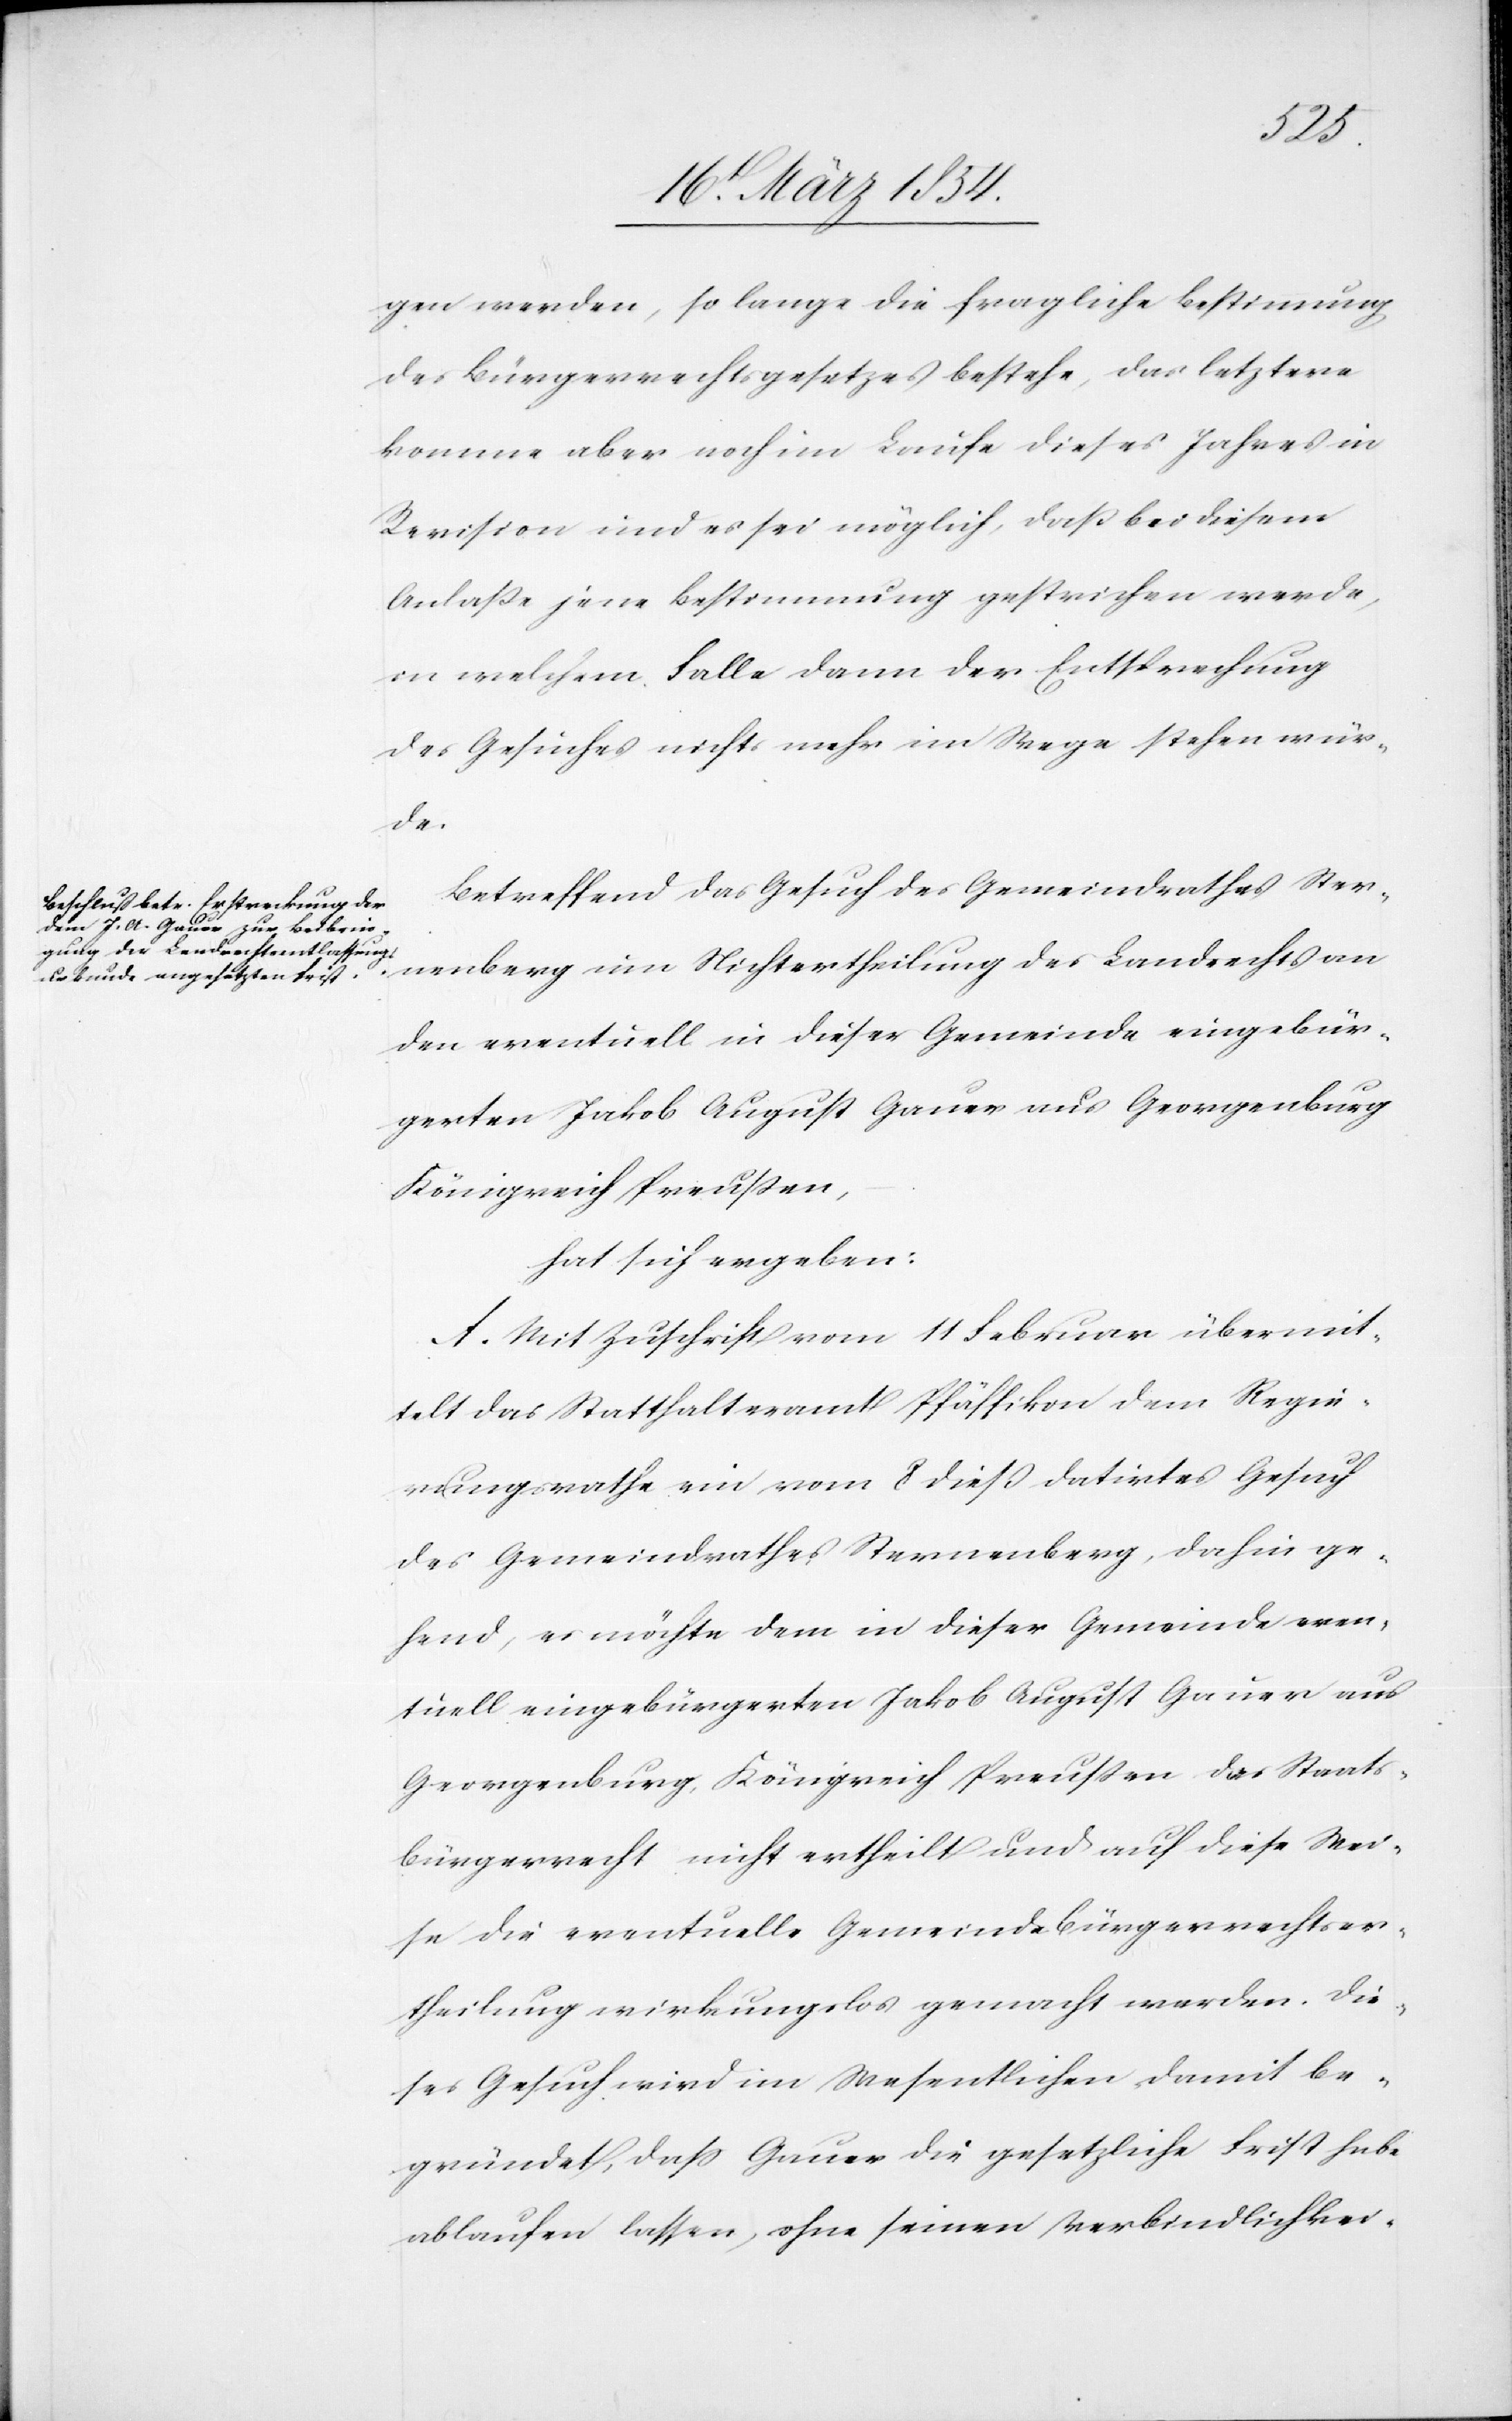
gen werden, so lange die fragliche Bestimmung
des Bürgerrechtsgesetzes bestehe, das letztere
komme aber noch im Laufe dieses Jahres in
Revision und es sei möglich, daß bei diesem
Anlaße jene Bestimmung gestrichen werde,
in welchem Falle dann der Entsprechung
des Gesuches nichts mehr im Wege stehen wür¬
de.
Betreffend das Gesuch des Gemeindrathes Ster¬
nenberg um Nichtertheilung des Landrechts an
den eventuell in dieser Gemeinde eingebür¬
gerten Jakob August Gauer aus Georgenburg
Königreich Preußen,
hat sich ergeben:
A. Mit Zuschrift vom 11 Februar übermit¬
telt das Statthalteramt Pfäffikon dem Regie¬
rungsrathe ein vom 8 dieß datirtes Gesuch
des Gemeindrathes Sternenberg, dahin ge¬
hend, es möchte dem in dieser Gemeinde even¬
tuell eingebürgerten Jakob August Gauer aus
Georgenburg, Königreich Preußen das Staats¬
bürgerrecht nicht ertheilt und auf diese Wei¬
se die eventuelle Gemeindsbürgerrechtser¬
theilung wirkungslos gemacht werden. Die¬
ses Gesuch wird im Wesentlichen damit be¬
gründet, daß Gauer die gesetzliche Frist habe
ablaufen lassen, ohne seinen Verbindlichkei-